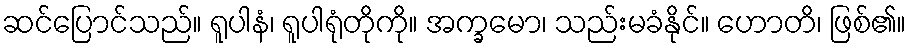
ဆင်ပြောင်သည်။ ရူပါနံ၊ ရူပါရုံတိုကို။ အက္ခမော၊ သည်းမခံနိုင်။ ဟောတိ၊ ဖြစ်၏။